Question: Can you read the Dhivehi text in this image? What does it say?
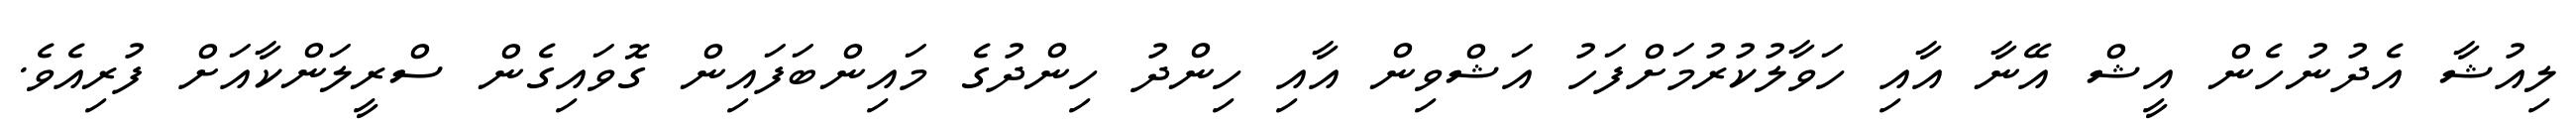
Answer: ލިއުޝާ އެދުނުހެން އީޝް އޭނާ އާއި ހަވާލުކުރުމަށްފަހު އަޝްވިން އާއި ހިންދު ހިންދުގެ މައިންބަފައިން ގޮވައިގެން ސްރީލަންކާއަށް ފުރިއެވެ.